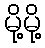
မို့မို့